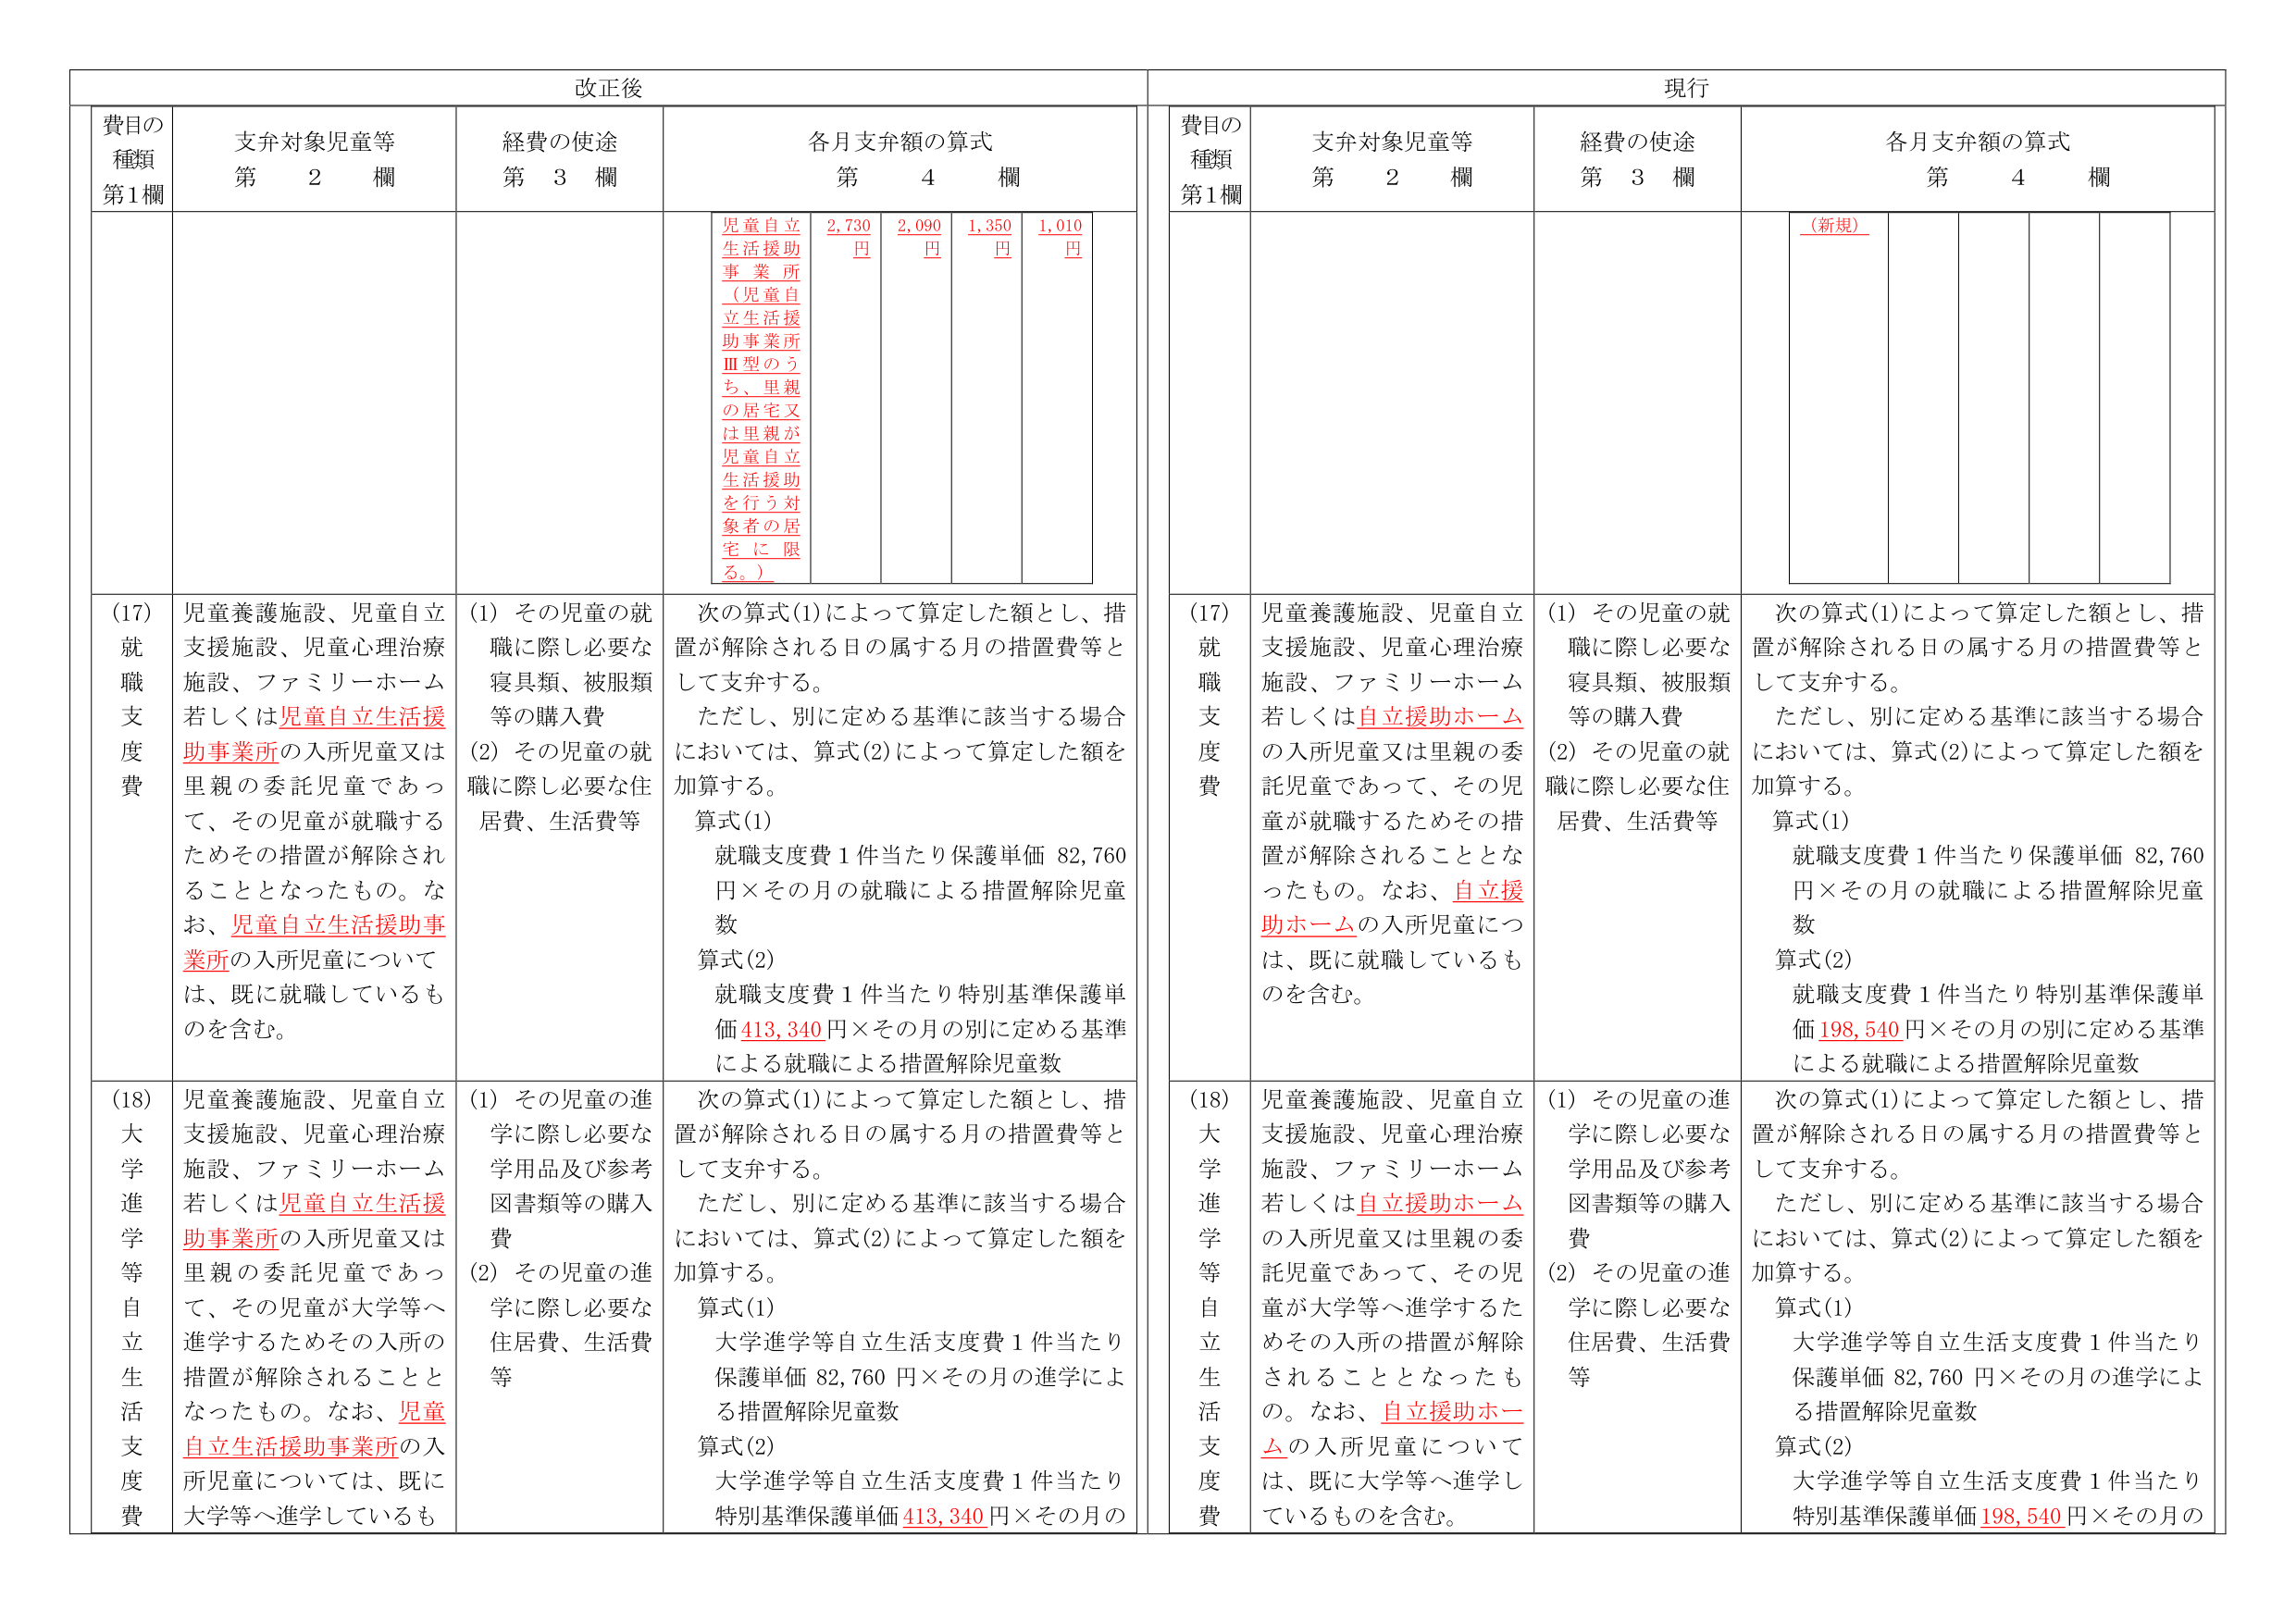
改正後

費目の種類 第1欄
支弁対象児童等 第 2 欄
経費の使途 第 3 欄
各月支弁額の算式 第 4 欄

児童自立生活援助事業所（児童自立生活援助事業所Ⅲ型のうち、里親の居宅又は里親が児童自立生活援助を行う対象者の居宅に限る。）
2,730円
2,090円
1,350円
1,010円

(17) 就職支度費
児童養護施設、児童自立支援施設、児童心理治療施設、ファミリーホーム若しくは児童自立生活援助事業所の入所児童又は里親の委託児童であって、その児童が就職するためその措置が解除されることとなったもの。なお、児童自立生活援助事業所の入所児童については、既に就職しているものを含む。
(1) その児童の就職に際し必要な寝具類、被服類等の購入費
(2) その児童の就職に際し必要な住居費、生活費等
次の算式(1)によって算定した額とし、措置が解除される日の属する月の措置費等として支弁する。
ただし、別に定める基準に該当する場合においては、算式(2)によって算定した額を加算する。
算式(1)
就職支度費1件当たり保護単価 82,760円×その月の就職による措置解除児童数
算式(2)
就職支度費1件当たり特別基準保護単価 413,340円×その月の別に定める基準による就職による措置解除児童数

(18) 大学進学等自立生活支度費
児童養護施設、児童自立支援施設、児童心理治療施設、ファミリーホーム若しくは児童自立生活援助事業所の入所児童又は里親の委託児童であって、その児童が大学等へ進学するためその入所の措置が解除されることとなったもの。なお、児童自立生活援助事業所の入所児童については、既に大学等へ進学しているも
(1) その児童の進学に際し必要な学用品及び参考図書類等の購入費
(2) その児童の進学に際し必要な住居費、生活費等
次の算式(1)によって算定した額とし、措置が解除される日の属する月の措置費等として支弁する。
ただし、別に定める基準に該当する場合においては、算式(2)によって算定した額を加算する。
算式(1)
大学進学等自立生活支度費1件当たり保護単価 82,760円×その月の進学による措置解除児童数
算式(2)
大学進学等自立生活支度費1件当たり特別基準保護単価 413,340円×その月の

現行

費目の種類 第1欄
支弁対象児童等 第 2 欄
経費の使途 第 3 欄
各月支弁額の算式 第 4 欄

（新規）

(17) 就職支度費
児童養護施設、児童自立支援施設、児童心理治療施設、ファミリーホーム若しくは自立援助ホームの入所児童又は里親の委託児童であって、その児童が就職するためその措置が解除されることとなったもの。なお、自立援助ホームの入所児童については、既に就職しているものを含む。
(1) その児童の就職に際し必要な寝具類、被服類等の購入費
(2) その児童の就職に際し必要な住居費、生活費等
次の算式(1)によって算定した額とし、措置が解除される日の属する月の措置費等として支弁する。
ただし、別に定める基準に該当する場合においては、算式(2)によって算定した額を加算する。
算式(1)
就職支度費1件当たり保護単価 82,760円×その月の就職による措置解除児童数
算式(2)
就職支度費1件当たり特別基準保護単価 198,540円×その月の別に定める基準による就職による措置解除児童数

(18) 大学進学等自立生活支度費
児童養護施設、児童自立支援施設、児童心理治療施設、ファミリーホーム若しくは自立援助ホームの入所児童又は里親の委託児童であって、その児童が大学等へ進学するためその入所の措置が解除されることとなったもの。なお、自立援助ホームの入所児童については、既に大学等へ進学しているものを含む。
(1) その児童の進学に際し必要な学用品及び参考図書類等の購入費
(2) その児童の進学に際し必要な住居費、生活費等
次の算式(1)によって算定した額とし、措置が解除される日の属する月の措置費等として支弁する。
ただし、別に定める基準に該当する場合においては、算式(2)によって算定した額を加算する。
算式(1)
大学進学等自立生活支度費1件当たり保護単価 82,760円×その月の進学による措置解除児童数
算式(2)
大学進学等自立生活支度費1件当たり特別基準保護単価 198,540円×その月の